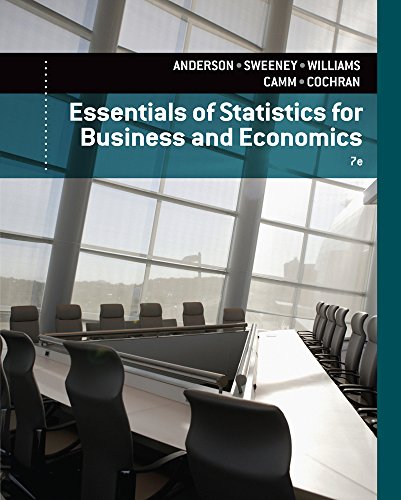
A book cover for Essentials of Statistics for Business and Economics; David R. Anderson; Business & Money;